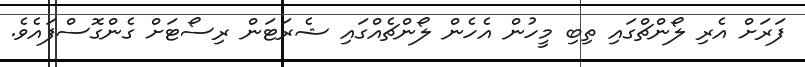
ފަރަށް އެރި ލޯންޗްގައި ތިބި މީހުން އެހެން ލޯންޗެއްގައި ޝެރަޓަން ރިސޯޓަށް ގެންގޮސްފައެވެ.